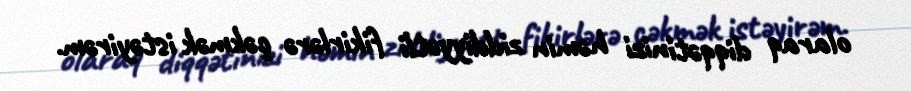
olaraq diqqətinizi həmin ziddiyyətli fikirlərə çəkmək istəyirəm.